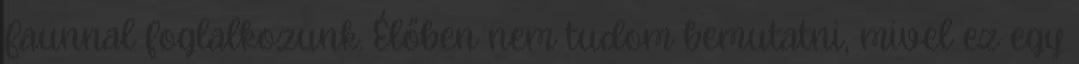
Faunnal foglalkozunk. Élőben nem tudom bemutatni, mivel ez egy